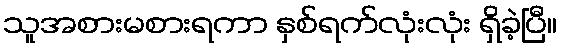
သူအစားမစားရကာ နှစ်ရက်လုံးလုံး ရှိခဲ့ပြီ။